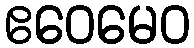
ဧဝေမေဝ